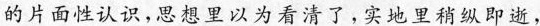
的片面性认识，思想里以为看清了，实地里稍纵即逝，